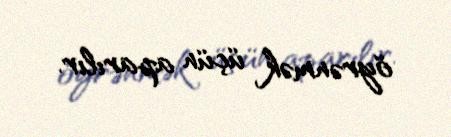
öyrənmək üçün aparılır.